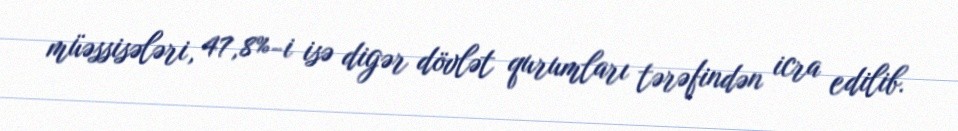
müəssisələri, 47,8%-i isə digər dövlət qurumları tərəfindən icra edilib.